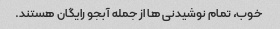
خوب، تمام نوشیدنی ها از جمله آبجو رایگان هستند.